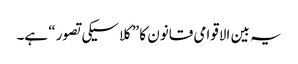
یہ بین الاقوامی قانون کا ”کلاسیکی تصور“ ہے۔